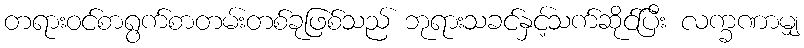
တရားဝင်စာရွက်စာတမ်းတစ်ခုဖြစ်သည် ဘုရားသခင်နှင့်သက်ဆိုင်ပြီး လက္ခဏာမျှ